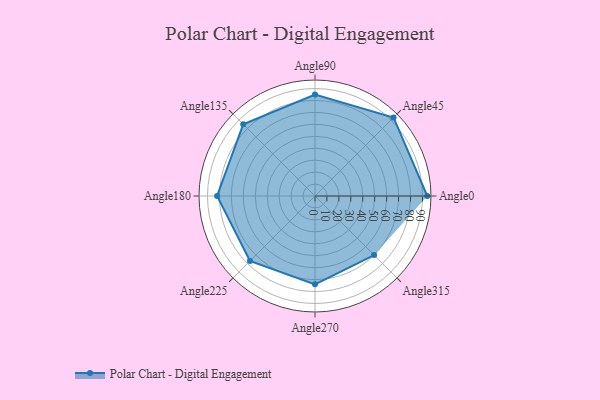
{"axis": {"x": "Angle", "y": "Radius"}, "legend": [""], "data": [{"x": "Angle0", "y": 94.0, "type": ""}, {"x": "Angle45", "y": 93.0, "type": ""}, {"x": "Angle90", "y": 85.0, "type": ""}, {"x": "Angle135", "y": 85.0, "type": ""}, {"x": "Angle180", "y": 82.0, "type": ""}, {"x": "Angle225", "y": 77.0, "type": ""}, {"x": "Angle270", "y": 74.0, "type": ""}, {"x": "Angle315", "y": 70.0, "type": ""}]}